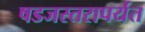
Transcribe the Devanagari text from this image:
षडजस्तरापर्यंत